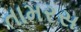
તામરસ